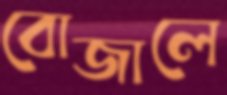
বোজালে